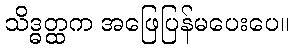
သိဒ္ဓတ္ထက အဖြေပြန်မပေးပေ။